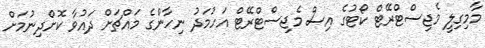
މާމިގިލީ މެޖިސްޓްރޭޓް ކޯޓުގެ އިސް މެޖިސްޓްރޭޓް އަހުމަދު ނިހާންގެ މައްޗަށް ދައުވާ ކޮށްދިނުމަށް